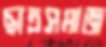
ছাত্রসমাজ